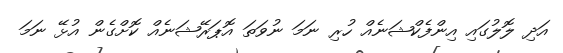
އަދި ލޮލުގައި އިންފެކްޝަނެއް ހުރި ނަމަ ނުވަތަ އޮޕަރޭޝަނެއް ކޮށްގެން އުޅޭ ނަމަ